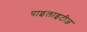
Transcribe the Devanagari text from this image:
पाइलाइटीज